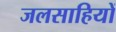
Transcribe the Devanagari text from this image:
जलसाहियों